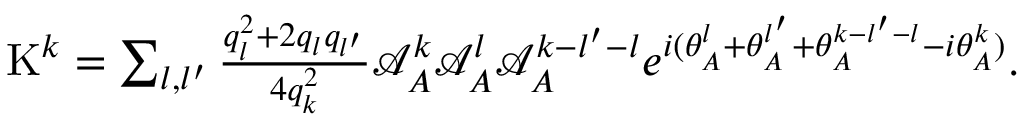
\begin{array} { r } { \mathrm { K } ^ { k } = \sum _ { l , l ^ { \prime } } \frac { q _ { l } ^ { 2 } + 2 q _ { l } q _ { l ^ { \prime } } } { 4 q _ { k } ^ { 2 } } { \mathcal { A } _ { A } ^ { k } \mathcal { A } _ { A } ^ { l } } \mathcal { A } _ { A } ^ { k - l ^ { \prime } - l } e ^ { i ( \theta _ { A } ^ { l } + \theta _ { A } ^ { l ^ { \prime } } + \theta _ { A } ^ { k - l ^ { \prime } - l } - { i \theta _ { A } ^ { k } } ) } . } \end{array}